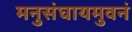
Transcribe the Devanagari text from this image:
मनुसंघायमुवनं